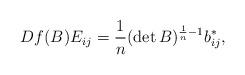
LaTeX: \begin{align*}Df(B)E_{ij}=\frac{1}{n}(\det{B})^{\frac{1}{n}-1}b_{ij}^*,\end{align*}